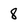
Character: 8